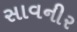
સાવનીર